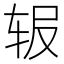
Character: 𬨅